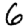
Digit: 6